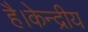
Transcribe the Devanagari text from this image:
है।केन्द्रीय